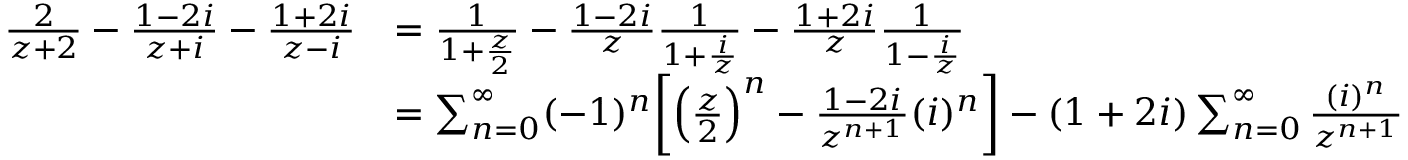
\begin{array} { r l } { \frac { 2 } { z + 2 } - \frac { 1 - 2 i } { z + i } - \frac { 1 + 2 i } { z - i } } & { = \frac { 1 } { 1 + \frac { z } { 2 } } - \frac { 1 - 2 i } { z } \frac { 1 } { 1 + \frac { i } { z } } - \frac { 1 + 2 i } { z } \frac { 1 } { 1 - \frac { i } { z } } } \\ & { = \sum _ { n = 0 } ^ { \infty } ( - 1 ) ^ { n } \biggl [ \Bigl ( \frac { z } { 2 } \Bigr ) ^ { n } - \frac { 1 - 2 i } { z ^ { n + 1 } } ( i ) ^ { n } \biggr ] - ( 1 + 2 i ) \sum _ { n = 0 } ^ { \infty } \frac { ( i ) ^ { n } } { z ^ { n + 1 } } } \end{array}